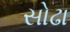
સોઢા